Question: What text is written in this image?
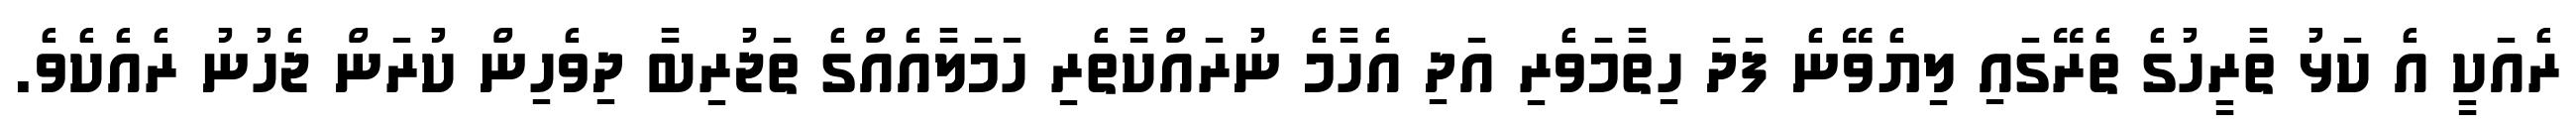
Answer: ރެއަކީ އެ ކަޅު ތާރީހުގެ ތެރޭގައި ލިޔެވޭނެ ފަދަ ހިތާމަވެރި އަދި އެހާމެ ނުރައްކާތެރި ހަމަލާއެއްގެ ތަޖުރިބާ ދިވެހިން ކުރަން ޖެހުނު ރެއެކެވެ.